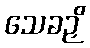
သေခဉှိ